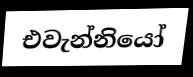
එවැන්නියෝ